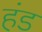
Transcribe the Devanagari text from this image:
हंड